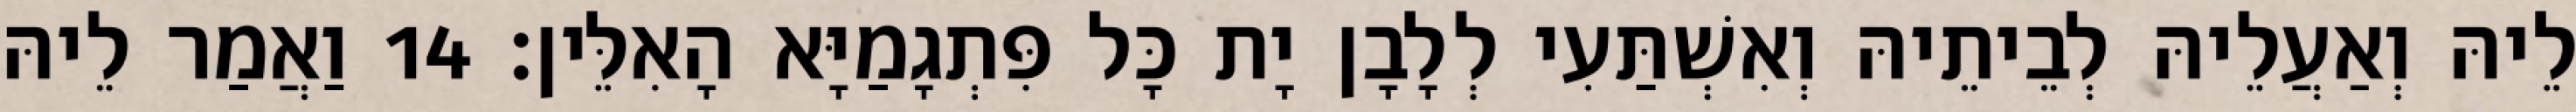
לֵיהּ וְאַעֲלֵיהּ לְבֵיתֵיהּ וְאִשְׁתַּעִי לְלָבָן יָת כָּל פִּתְגָמַיָּא הָאִלֵּין׃ 14 וַאֲמַר לֵיהּ